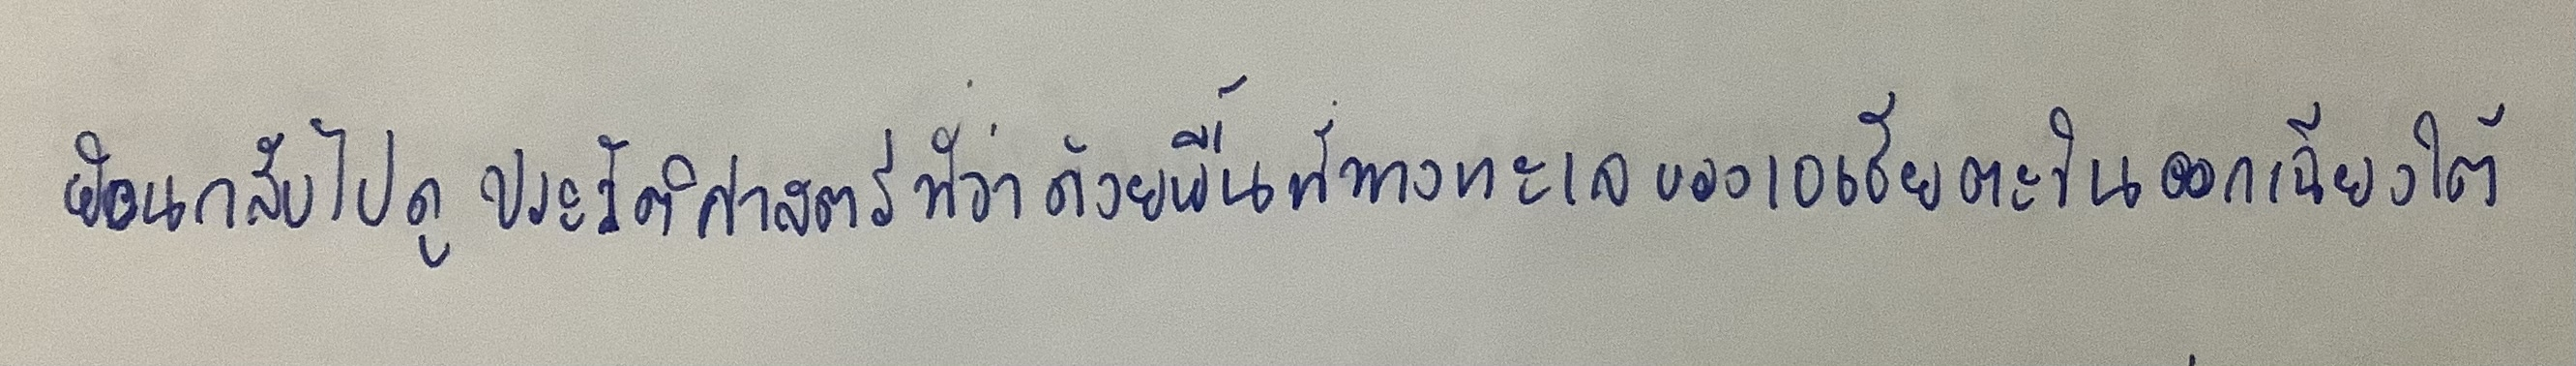
ย้อนกลับไปดูประวัติศาสตร์ที่ว่าด้วยพื้นที่ทางทะเลของเอเชียตะวันออกเฉียงใต้